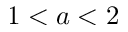
1 < a < 2